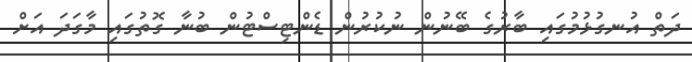
ދަތް އުނގުޅުމުގައި ބާރުގެ ބޭނުން ނުކުރުން ޑެންޓިސްޓުން ބުނާ ގޮތުގައި މާގަދަ އަށް